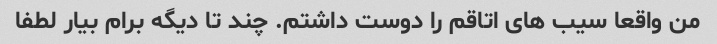
من واقعا سیب های اتاقم را دوست داشتم. چند تا دیگه برام بیار لطفا